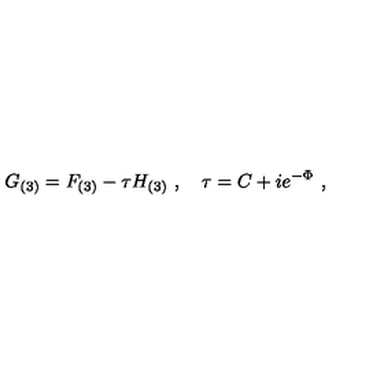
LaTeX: G _ { ( 3 ) } = F _ { ( 3 ) } - \tau H _ { ( 3 ) } \ , \quad \tau = C + i e ^ { - \Phi } \ ,